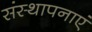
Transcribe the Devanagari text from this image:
संस्थापनाएं